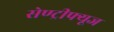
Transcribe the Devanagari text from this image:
सेण्ट्रीफ्यूज